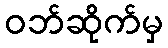
ဝဘ်ဆိုက်မှ